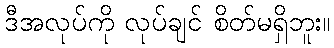
ဒီအလုပ်ကို လုပ်ချင် စိတ်မရှိဘူး။